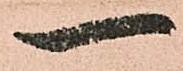
一